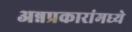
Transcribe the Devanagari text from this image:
अन्नप्रकारांमध्ये